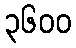
၃၆၀၀